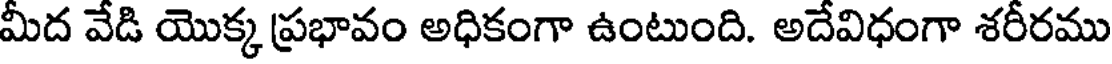
మీద వేడి యొక్క ప్రభావం అధికంగా ఉంటుంది. అదేవిధంగా శరీరము